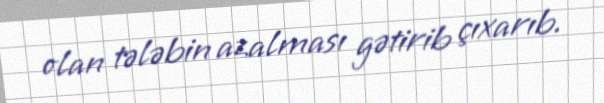
olan tələbin azalması gətirib çıxarıb.